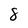
Character: 8